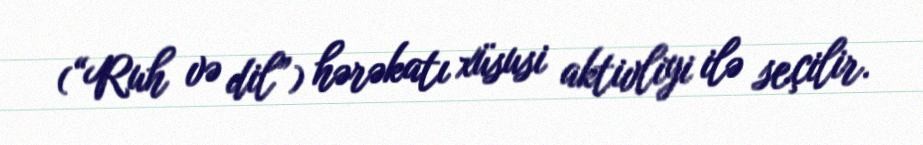
(“Ruh və dil”) hərəkatı xüsusi aktivliyi ilə seçilir.